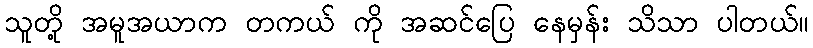
သူတို့ အမူအယာက တကယ် ကို အဆင်ပြေ နေမှန်း သိသာ ပါတယ်။